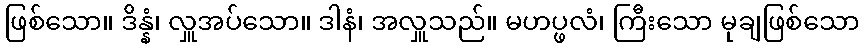
ဖြစ်သော။ ဒိန္နံ၊ လှူအပ်သော။ ဒါနံ၊ အလှူသည်။ မဟပ္ဖလံ၊ ကြီးသော မုချဖြစ်သော